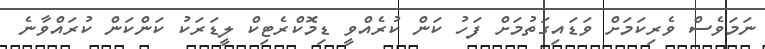
ނަމަވެސް ވެރިކަމަށް ވަޑައިގަތުމަށް ފަހު ކަން ކުރެއްވީ ޑިމޮކްރެޓިކް ލީޑަރަކު ކަންކަން ކުރައްވާނެ